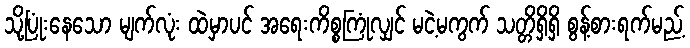
သို့ပြုံးနေသော မျက်လုံး ထဲမှာပင် အရေးကိစ္စကြုံလျှင် မငဲ့မကွက် သတ္တိရှိရှိ စွန့်စားရက်မည့်